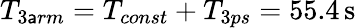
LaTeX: T_{3\mathsf{a}rm}=T_{const}+T_{3ps}=55.4\, \mathrm{{s}}